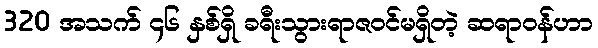
320 အသက် ၄၆ နှစ်ရှိ ခရီးသွားရာဇဝင်မရှိတဲ့ ဆရာဝန်ဟာ